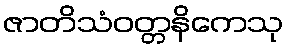
ဇာတိသံဝတ္တနိကေသု